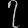
Digit: ၇